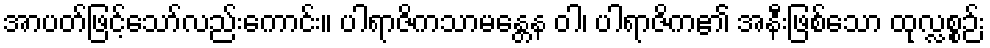
အာပတ်ဖြင့်သော်လည်းကောင်း။ ပါရာဇိကသာမန္တေန ဝါ၊ ပါရာဇိက၏ အနီးဖြစ်သော ထုလ္လစ္စဉ်း